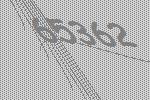
65362